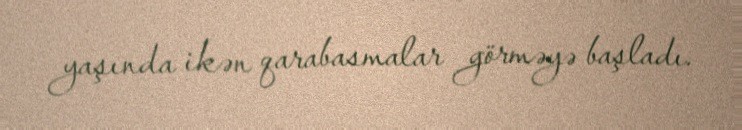
yaşında ikən qarabasmalar görməyə başladı.